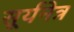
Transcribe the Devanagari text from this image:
सूर्यनेत्र